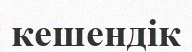
кешендік